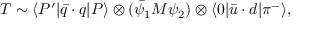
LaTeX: T \sim \langle P ^ { \prime } | \bar { q } \cdot q | P \rangle \otimes ( \bar { \psi } _ { 1 } M \psi _ { 2 } ) \otimes \langle 0 | \bar { u } \cdot d | \pi ^ { - } \rangle ,